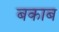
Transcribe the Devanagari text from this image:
बकाब